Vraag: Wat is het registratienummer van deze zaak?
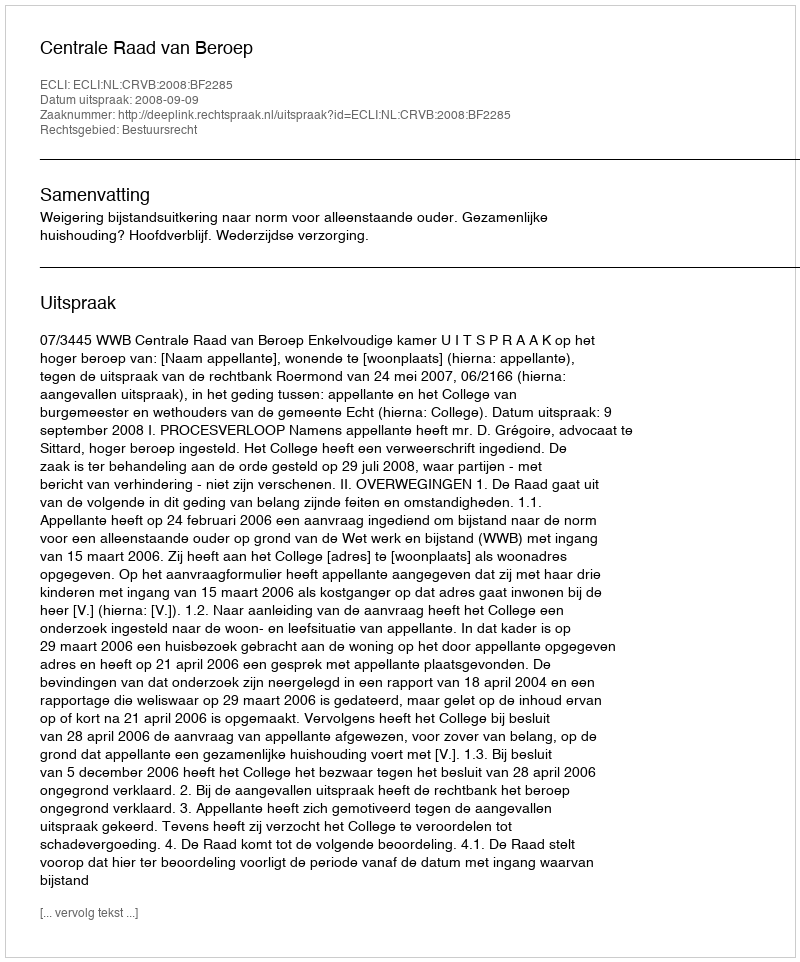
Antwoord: http://deeplink.rechtspraak.nl/uitspraak?id=ECLI:NL:CRVB:2008:BF2285